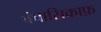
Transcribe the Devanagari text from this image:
पंचासिकाफ़